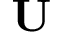
\mathbf { U }